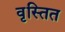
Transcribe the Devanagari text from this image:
वृस्तित